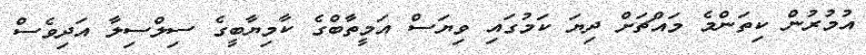
އުމުރުން ކިތަންމެ މައްޗަށް ދިޔަ ކަމުގައި ވިޔަސް އަމީތާބްގެ ކާމިޔާބީގެ ސިލްސިލާ އަދިވެސް